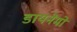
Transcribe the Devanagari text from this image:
डायनेमों